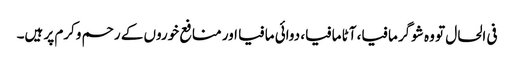
فی الحال تو وہ شوگر مافیا، آٹا مافیا، دوائی مافیا اور منافع خوروں کے رحم وکرم پر ہیں۔